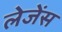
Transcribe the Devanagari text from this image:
लेजेंस